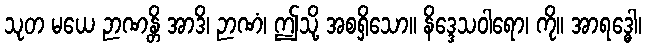
သုတ မယေ ဉာဏန္တိ အာဒိ၊ ဉာဏံ၊ ဤသို့ အစရှိသော။ နိဒ္ဒေသဝါရော၊ ကို။ အာရဒ္ဓေါ၊